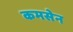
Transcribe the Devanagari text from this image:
कमसेन